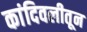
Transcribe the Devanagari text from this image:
कांदिवलीतून